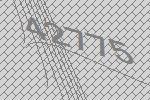
42775